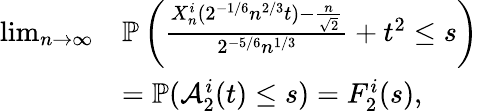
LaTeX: \begin{array}{rl}{\operatorname*{lim}_{n\to\infty}}&{\mathbb{P}\left(\frac{X_{n}^{i}(2^{-1/6}n^{2/3}t)-\frac{n}{\sqrt{2}}}{2^{-5/6}n^{1/3}}+t^{2}\leq s\right)}\\ &{=\mathbb{P}(\mathcal{A}_{2}^{i}(t)\leq s)=F_{2}^{i}(s),}\end{array}